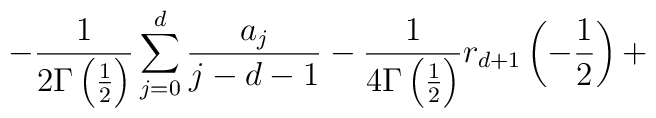
-\frac 1 {2\Gamma\left( \frac 12\right) }\sum\limits_{j=0}^{d}\frac{a_j}{j-d-1}-\frac 1 {4\Gamma \left( \frac 12\right)}r_{d+1}\left( -\frac 12\right) +